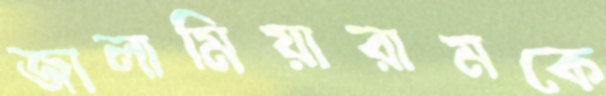
জালামিয়ারামকে